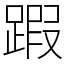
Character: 䠍